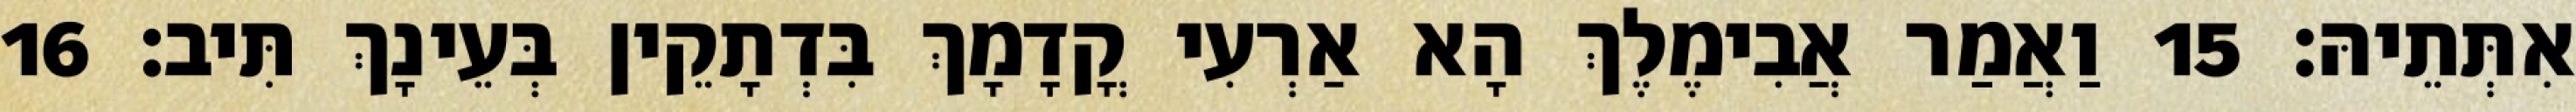
אִתְּתֵיהּ׃ 15 וַאֲמַר אֲבִימֶלֶךְ הָא אַרְעִי קֳדָמָךְ בִּדְתָקֵין בְּעֵינָךְ תִּיב׃ 16